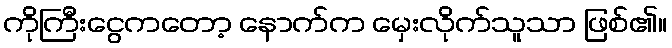
ကိုကြီးငွေကတော့ နောက်က မှေးလိုက်သူသာ ဖြစ်၏။